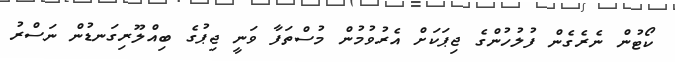
ކޯޓުން ނެރެގެން ފުލުހުންގެ ޖިޕަކަށް އެރުވުމުން މުސްތަފާ ވަނީ ޖިޕުގެ ބިއްލޫރިގަނޑުން ނަސްރު